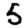
Digit: 5